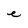
Character: e